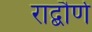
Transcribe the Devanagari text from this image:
राद्बौर्ण